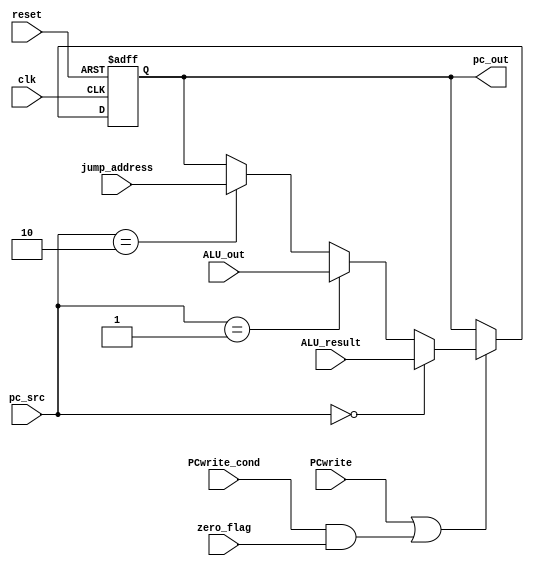
`timescale 1ns / 1ps
//////////////////////////////////////////////////////////////////////////////////
// Company: 
// Engineer: 
// 
// Design Name: 
// Module Name:    PC 
// Project Name: 
// Target Devices: 
// Tool versions: 
// Description: 
//
// Dependencies: 
//
// Revision: 
// Revision 0.01 - File Created
// Additional Comments: 
//
//////////////////////////////////////////////////////////////////////////////////
module PC #(parameter N=32)(
    input clk,
    input reset,
	 input PCwrite,
	 input PCwrite_cond,
	 input zero_flag,
    input [1:0] pc_src, 
    input [N-1:0] ALU_result,
	 input [N-1:0] jump_address,
    input [N-1:0] ALU_out, // Branch address input
    output reg [N-1:0] pc_out
);

always @(posedge clk or posedge reset) begin
    if (reset)
        pc_out <= 0;
    else
	 begin
	 if(PCwrite==1 | (PCwrite_cond &zero_flag))begin
	 
	   if (pc_src==2'b00)begin 
			pc_out<=ALU_result;
			end
		else if (pc_src==2'b01)begin
			pc_out<=ALU_out;
			end
		else if(pc_src==2'b10)begin
			pc_out<=jump_address;
		end
     end      
      
    end 
end

endmodule